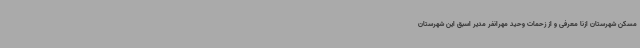
مسکن شهرستان ازنا معرفی و از زحمات وحید مهرانفر مدیر اسبق این شهرستان